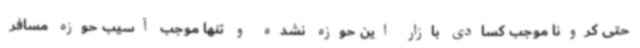
حتی کرونا موجب کسادی بازار این حوزه نشده و تنها موجب آسیب حوزه مسافر